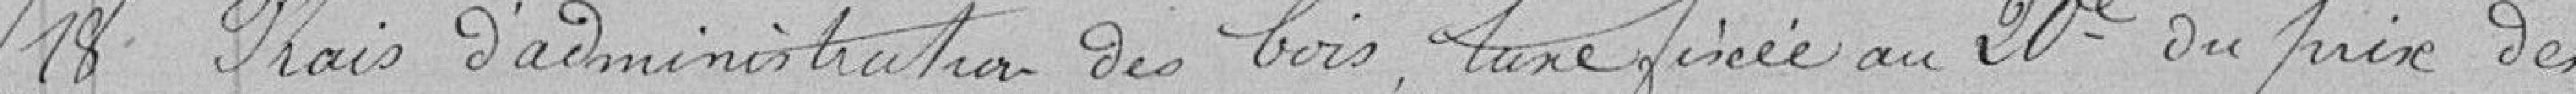
18 - Frais d'administration des bois, taxe fixée au 20ème du prix des